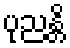
ပုညန္တိ